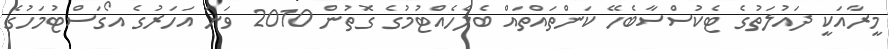
މީރާއަކީ ދައުލަތުގެ ޓެކުސްސާބެހޭ ކަންތައްތައް ބެލެހެއްޓުމުގެ ގޮތުން 2010 ވަނަ އަހަރުގެ އޯގަސްޓުމަހުގެ